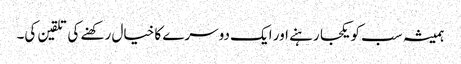
ہمیشہ سب کو یکجا رہنے اور ایک دوسرے کا خیال رکھنے کی تلقین کی۔